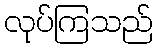
လုပ်ကြသည်